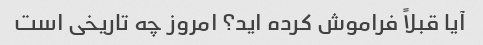
آیا قبلاً فراموش کرده اید؟ امروز چه تاریخی است